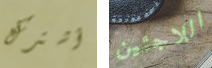
أشترك اللاجئين